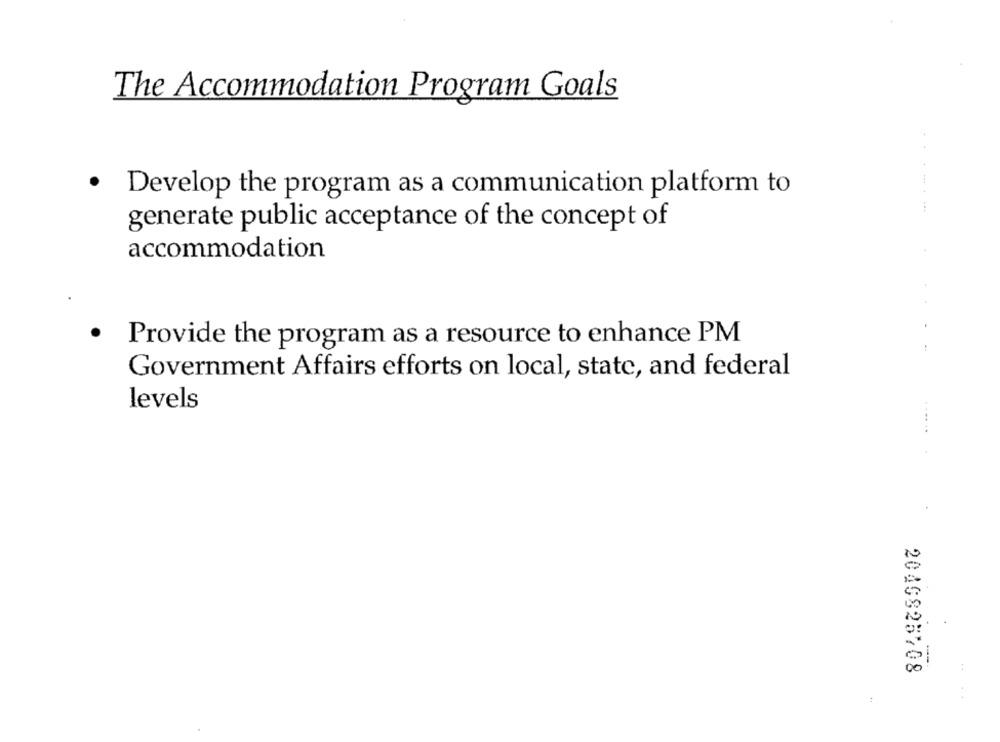
The Accommodation Program Goals
.
Develop the program as a communication platform to
---
generate public acceptance of the concept of
accommodation
Provide the program as a resource to enhance PM
Government Affairs efforts on local, state, and federal
levels
-
2040825708